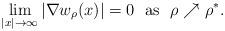
LaTeX: \begin{align*}\lim_{|x|\to\infty}|\nabla w_\rho(x)|=0\ \ {\rm as}\ \ \rho\nearrow\rho^*.\end{align*}